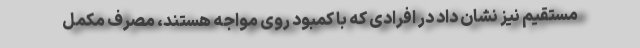
مستقیم نیز نشان داد در افرادی که با کمبود روی مواجه هستند، مصرف مکمل